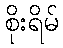
စိုးရိမ်